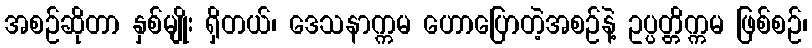
အစဉ်ဆိုတာ နှစ်မျိုး ရှိတယ်၊ ဒေသနာက္ကမ ဟောပြောတဲ့အစဉ်နဲ့ ဥပ္ပတ္တိက္ကမ ဖြစ်စဉ်၊